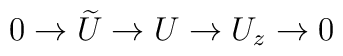
0 \rightarrow \widetilde{U} \rightarrow U \rightarrow U_{z}\rightarrow 0